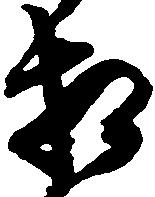
相